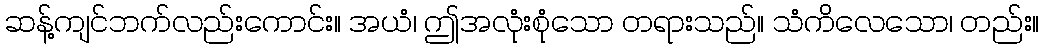
ဆန့်ကျင်ဘက်လည်းကောင်း။ အယံ၊ ဤအလုံးစုံသော တရားသည်။ သံကိလေသော၊ တည်း။